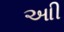
આી